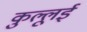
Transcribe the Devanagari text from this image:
कुल्लूई